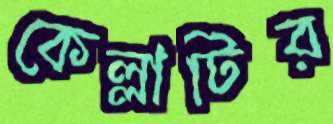
কেল্লাটির